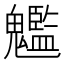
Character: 𩴵